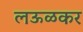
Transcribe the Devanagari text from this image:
लऊळकर